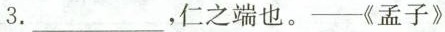
3.，___仁之端也。——孟子》